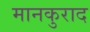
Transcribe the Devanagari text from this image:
मानकुराद